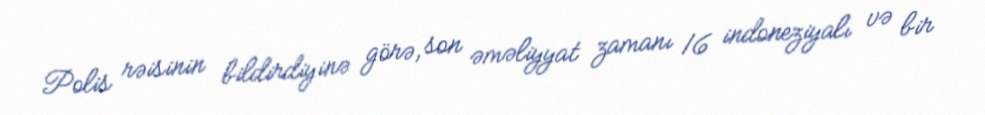
Polis rəisinin bildirdiyinə görə, son əməliyyat zamanı 16 indoneziyalı və bir